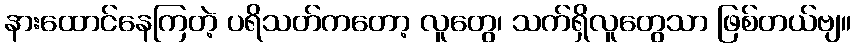
နားထောင်နေကြတဲ့ ပရိသတ်ကတော့ လူတွေ၊ သက်ရှိလူတွေသာ ဖြစ်တယ်ဗျ။